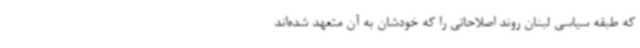
که طبقه سیاسی لبنان روند اصلاحاتی را که خودشان به آن متعهد شده‌اند